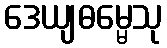
ဒေယျဓမ္မေသု